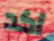
اكد